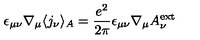
\epsilon _ { \mu \nu } \nabla _ { \mu } \langle j _ { \nu } \rangle _ { A } = \frac { e ^ { 2 } } { 2 \pi } \epsilon _ { \mu \nu } \nabla _ { \mu } A _ { \nu } ^ { \mathrm { e x t } }